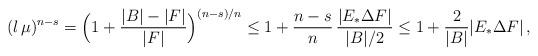
LaTeX: \begin{align*} (\l\,\mu)^{n-s}=\Big(1+\frac{|B|-|F|}{|F|}\Big)^{(n-s)/n}\le1+\frac{n-s}{n}\,\frac{|E_*\Delta F|}{|B|/2}\le 1+\frac{2}{|B|}|E_*\Delta F|\,,\end{align*}